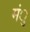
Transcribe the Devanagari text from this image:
मंु